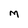
Character: M